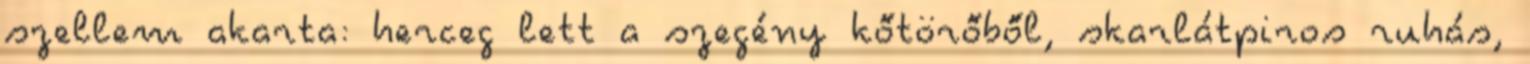
szellem akarta: herceg lett a szegény kőtörőből, skarlátpiros ruhás,